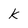
Character: k